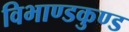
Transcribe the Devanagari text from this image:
विभाण्डकुण्ड